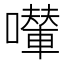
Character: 𱕗